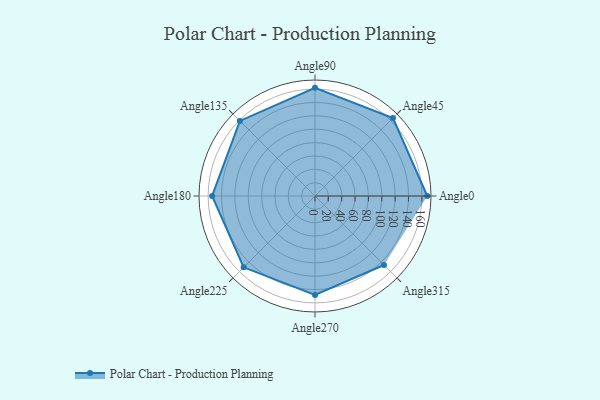
{"axis": {"x": "Angle", "y": "Radius"}, "legend": [""], "data": [{"x": "Angle0", "y": 168.0, "type": ""}, {"x": "Angle45", "y": 165.0, "type": ""}, {"x": "Angle90", "y": 162.0, "type": ""}, {"x": "Angle135", "y": 159.0, "type": ""}, {"x": "Angle180", "y": 154.0, "type": ""}, {"x": "Angle225", "y": 151.0, "type": ""}, {"x": "Angle270", "y": 148.0, "type": ""}, {"x": "Angle315", "y": 146.0, "type": ""}]}